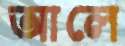
আলে